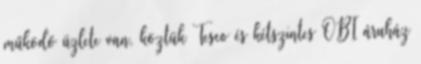
működő üzlete van, köztük Tesco és kétszintes OBI áruház